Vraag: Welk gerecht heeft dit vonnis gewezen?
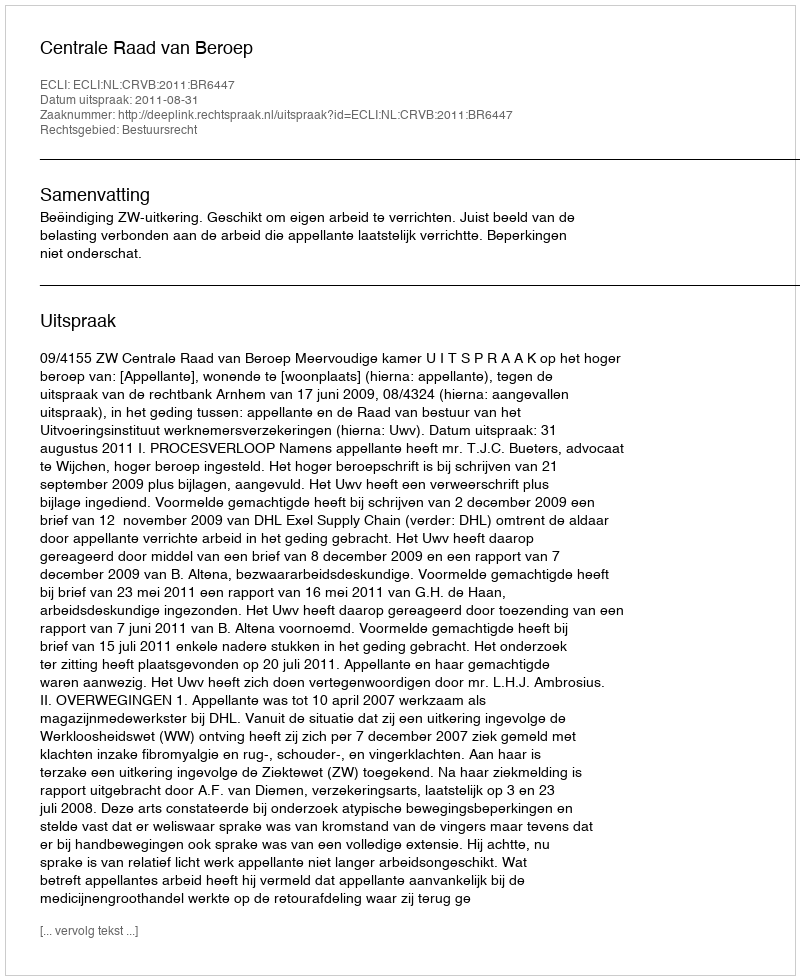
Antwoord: Centrale Raad van Beroep